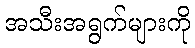
အသီးအရွက်များကို